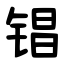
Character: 锠